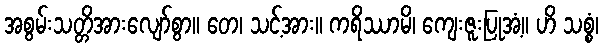
အစွမ်းသတ္တိအားလျော်စွာ။ တေ၊ သင့်အား။ ကရိဿာမိ၊ ကျေးဇူးပြုအံ့။ ဟိ သစ္စံ၊